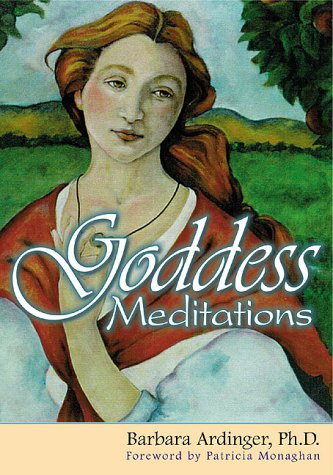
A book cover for Goddess Meditations; Barbara Ardinger; Self-Help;